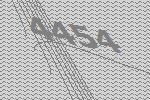
4454